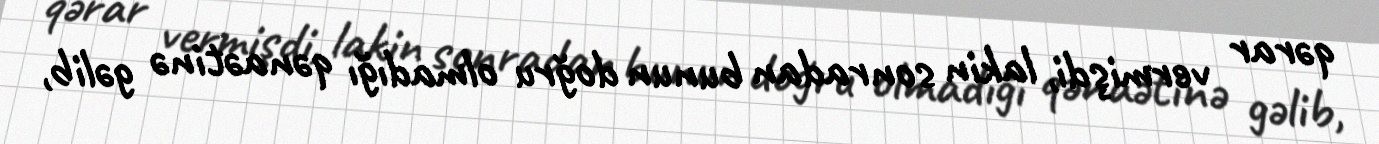
qərar vermişdi, lakin sonradan bunun doğru olmadığı qənaətinə gəlib,